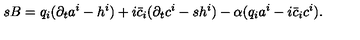
s B = q _ { i } ( \partial _ { t } a ^ { i } - h ^ { i } ) + i \bar { c } _ { i } ( \partial _ { t } c ^ { i } - s h ^ { i } ) - \alpha ( q _ { i } a ^ { i } - i \bar { c } _ { i } c ^ { i } ) .